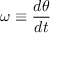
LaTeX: \omega \equiv { \frac { d \theta } { d t } }